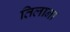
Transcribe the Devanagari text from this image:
तिलाना